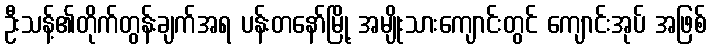
ဦးသန့်၏တိုက်တွန်းချက်အရ ပန်းတနော်မြို့ အမျိုးသားကျောင်းတွင် ကျောင်းအုပ် အဖြစ်